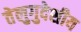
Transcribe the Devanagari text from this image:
तेलुगुदेशीय